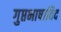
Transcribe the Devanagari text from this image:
गुप्तभाषाविद